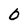
Character: b